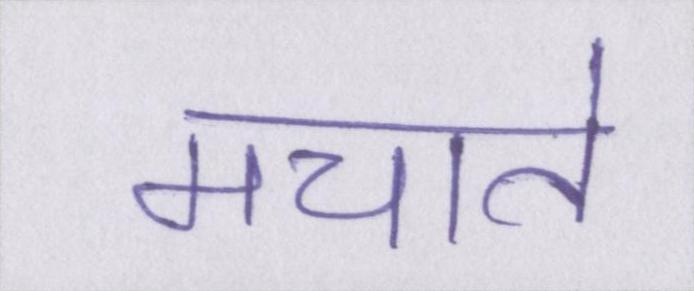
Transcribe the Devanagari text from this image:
मचाते